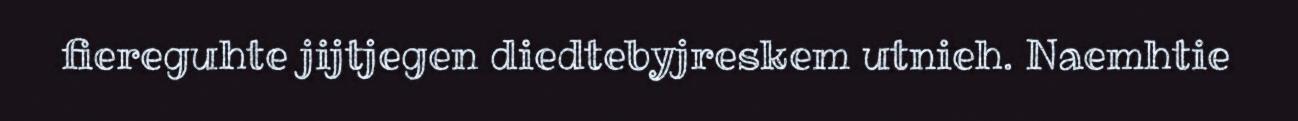
fiereguhte jijtjegen diedtebyjreskem utnieh. Naemhtie